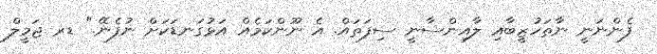
ފެންނަނީ ނާތަހުޒީބާއި ލާއިންސާނީ ސިފަތައް. އެ ނޫންކަމެއް އަޅުގަނޑަކަށް ނުފެނޭ." ޑރ ޖަމީލް